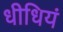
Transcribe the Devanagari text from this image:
धीधियं